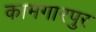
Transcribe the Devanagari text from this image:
कामगारपुर